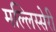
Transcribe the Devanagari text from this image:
मल्लिस्सेरी